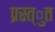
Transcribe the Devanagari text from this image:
प्रस्त्ुत